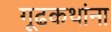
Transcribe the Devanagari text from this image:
गूढकथांना